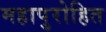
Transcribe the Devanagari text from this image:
महापुरोहित